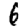
Digit: 6